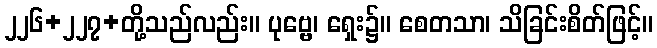
၂၂၆+၂၂၇+တို့သည်လည်း။ ပုဗ္ဗေ၊ ရှေး၌။ စေတသာ၊ သိခြင်းစိတ်ဖြင့်။